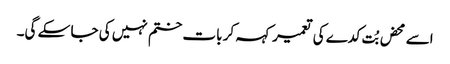
اسے محض بُت کدے کی تعمیر کہہ کر بات ختم نہیں کی جا سکے گی۔